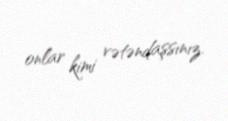
onlar kimi vətəndaşsınız.